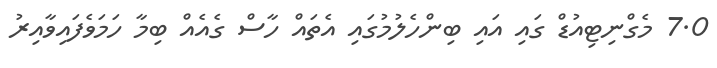
7.0 މެގްނިޓިއުޑް ގައި އައި ބިންހެލުމުގައި އެތައް ހާސް ގެއެއް ބިމާ ހަމަވެފައިވާއިރު